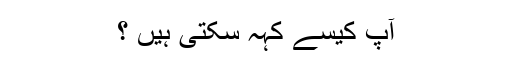
آپ کیسے کہہ سکتی ہیں ؟